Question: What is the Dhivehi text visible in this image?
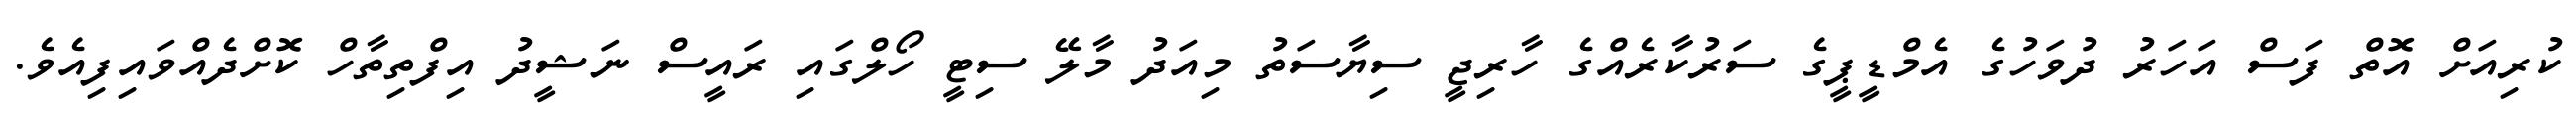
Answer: ކުރިއަށް އޮތް ފަސް އަހަރު ދުވަހުގެ އެމްޑީޕީގެ ސަރުކާރެއްގެ ހާރިޖީ ސިޔާސަތު މިއަދު މާލޭ ސިޓީ ހޯލްގައި ރައީސް ނަޝީދު އިފްތިތާހް ކޮށްދެއްވައިފިއެވެ.